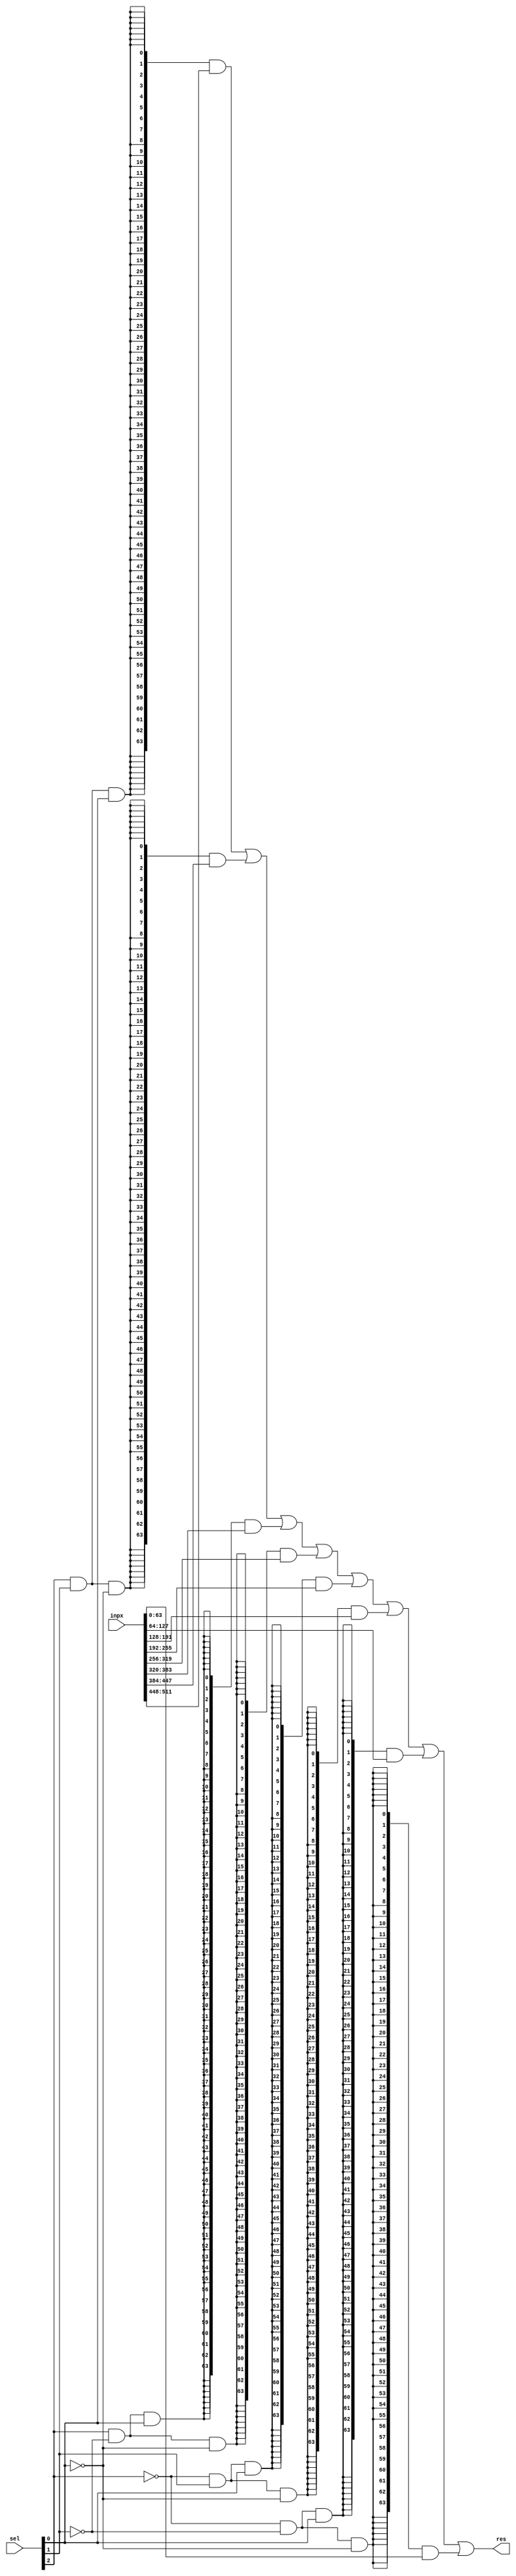
module mux_8x1(inpx,sel,res);
    input[511:0] inpx;
    input[2:0] sel;
    output[63:0] res;
    
    wire[63:0] inp[7:0],temp[7:0];

    assign {inp[7],inp[6],inp[5],inp[4],inp[3],inp[2],inp[1],inp[0]} = inpx;

    assign temp[0] = {64{(~sel[2] & ~sel[1] & ~sel[0])}} & inp[0];
    assign temp[1] = {64{(~sel[2] & ~sel[1] & sel[0])}} & inp[1];
    assign temp[2] = {64{(~sel[2] & sel[1] & ~sel[0])}} & inp[2];
    assign temp[3] = {64{(~sel[2] & sel[1] & sel[0])}} & inp[3];
    assign temp[4] = {64{(sel[2] & ~sel[1] & ~sel[0])}} & inp[4];
    assign temp[5] = {64{(sel[2] & ~sel[1] & sel[0])}} & inp[5];
    assign temp[6] = {64{(sel[2] & sel[1] & ~sel[0])}} & inp[6];
    assign temp[7] = {64{(sel[2] & sel[1] & sel[0])}} & inp[7];

    assign res = temp[7] | temp[6] | temp[5] | temp[4] | temp[3] | temp[2] | temp[1] | temp[0];

endmodule

module comp2(inp,res);
    input[63:0] inp;
    output[63:0] res;

    genvar i;
    assign res[0] = inp[0];
    generate
        for(i=1;i<64;i=i+1)
            assign res[i] = (|inp[i-1:0])? ~inp[i] : inp[i];
    
    endgenerate

endmodule

module logic_unit(a,b,opcode,res);
    input[63:0] a,b;
    input[2:0] opcode;
    output[63:0] res;

    wire[63:0] temp[7:0];
    
    assign temp[0] = a & b;
    assign temp[1] = a ^ b;
    assign temp[2] = ~(a & b);
    assign temp[3] = a | b;
    assign temp[4] = ~a;
    assign temp[5] = ~(a | b);
    assign temp[6] = ~a + 1;
    assign temp[7] = ~(a ^ b);

    mux_8x1 mux({temp[7],temp[6],temp[5],temp[4],temp[3],temp[2],temp[1],temp[0]},opcode,res);

endmodule